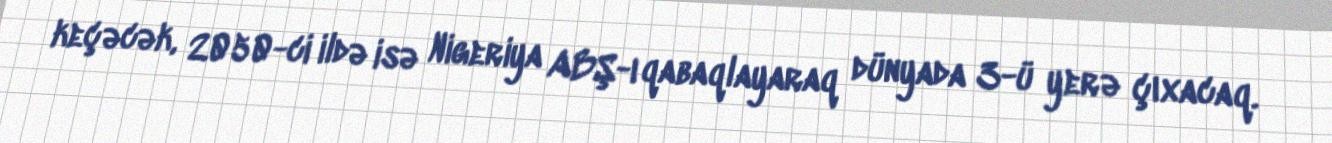
keçəcək, 2050-ci ildə isə Nigeriya ABŞ-ı qabaqlayaraq dünyada 3-ü yerə çıxacaq.